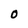
Character: O